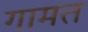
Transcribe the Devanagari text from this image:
गामत